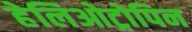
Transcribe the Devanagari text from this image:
हेलिओट्रोपिन